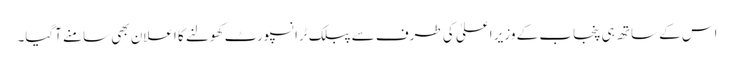
اس کے ساتھ ہی پنجاب کے وزیر اعلیٰ کی طرف سے پبلک ٹرانسپورٹ کھولنے کا اعلان بھی سامنے آگیا۔